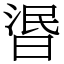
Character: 𣇹